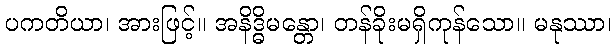
ပကတိယာ၊ အားဖြင့်။ အနိဒ္ဓိမန္တော၊ တန်ခိုးမရှိကုန်သော။ မနုဿာ၊